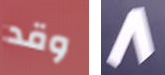
وقد 8